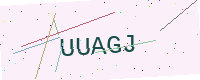
Text: UUAGJ